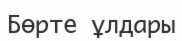
Бөрте ұлдары